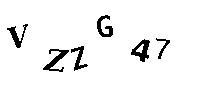
VZZG47